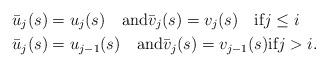
\begin{align*}&\bar u_j(s)=u_j(s) \quad\hbox{and}\bar v_j(s)=v_j(s) \quad\hbox{if}j\le i \\&\bar u_j(s)=u_{j-1}(s) \quad\hbox{and}\bar v_j(s)=v_{j-1}(s)\hbox{if}j>i. \end{align*}